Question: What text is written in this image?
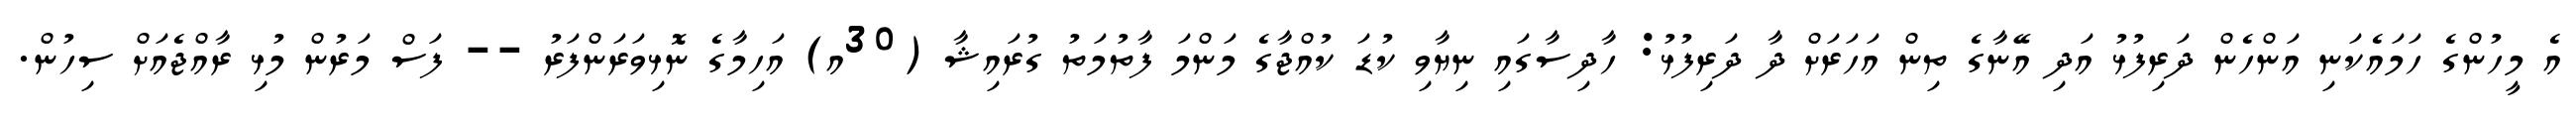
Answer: އެ މީހުންގެ ހަމައެކަނި އަންހެން ދަރިފުޅު އަދި އޭނާގެ ތިން އަހަރަށް ދާ ދަރިފުޅު: ހާދިސާގައި ނިޔާވި ކުޑަ ކުއްޖާގެ މަންމަ ފާތުމަތު ގުރައިޝާ (30އ) އަހިމާގެ ނޮޅިވަރަންފަރު -- ފަސް މަރުން މުޅި ރާއްޖެއަށް ސިހުން.